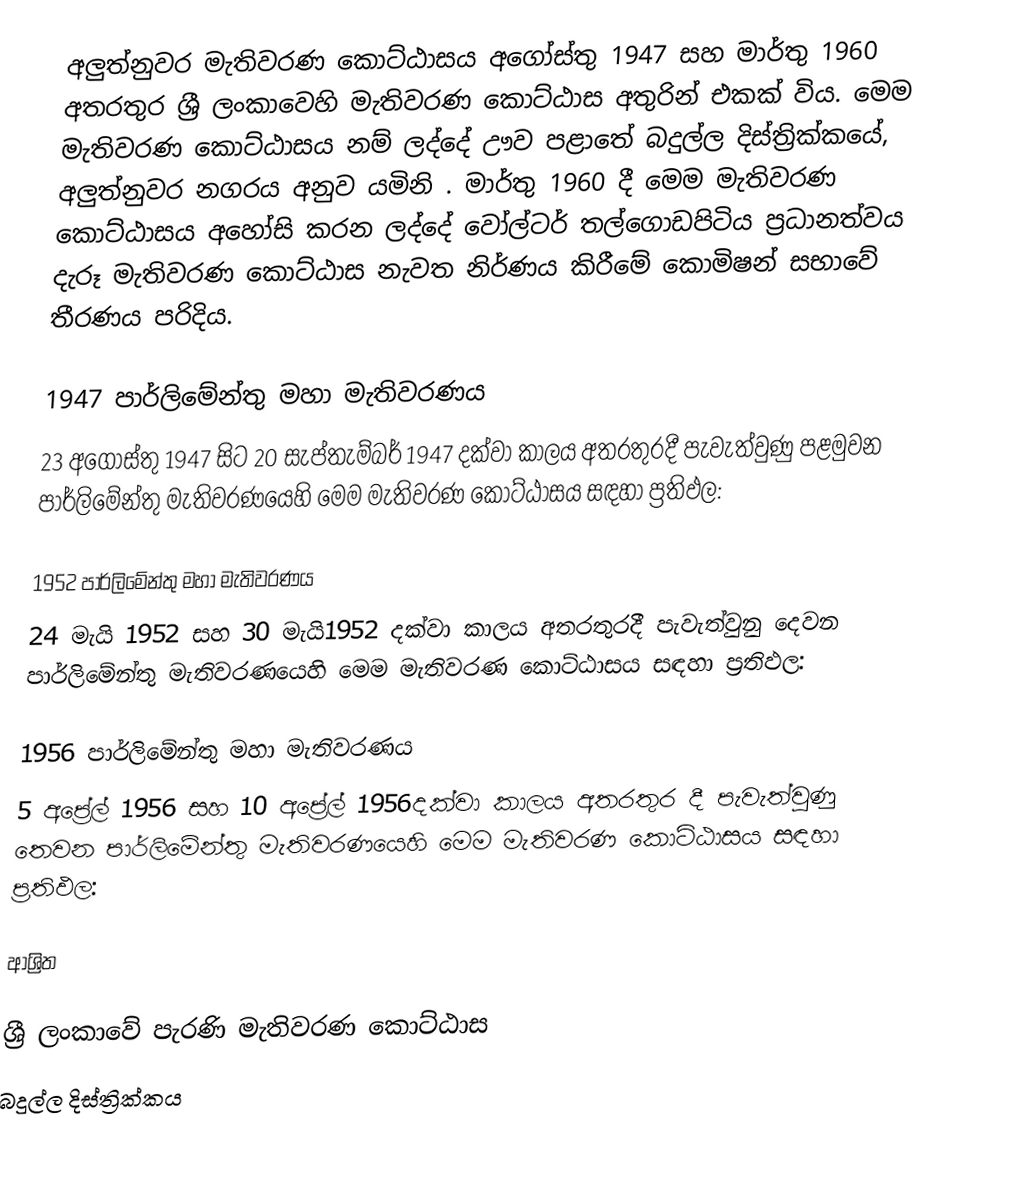
අලුත්නුවර මැතිවරණ කොට්ඨාසය  අගෝස්තු 1947 සහ  මාර්තු 1960 අතරතුර  ශ්‍රී ලංකාවෙහි  මැතිවරණ කොට්ඨාස අතුරින් එකක් විය. මෙම මැතිවරණ කොට්ඨාසය නම් ලද්දේ  ඌව පළාතේ  බදුල්ල  දිස්ත්‍රික්කයේ,  අලුත්නුවර නගරය අනුව යමිනි .  මාර්තු 1960 දී මෙම මැතිවරණ කොට්ඨාසය අහෝසි කරන ලද්දේ වෝල්ටර් තල්ගොඩපිටිය ප්‍රධානත්වය දැරූ මැතිවරණ කොට්ඨාස නැවත නිර්ණය කිරීමේ කොමිෂන් සභාවේ තීරණය පරිදිය.

1947 පාර්ලිමේන්තු මහා මැතිවරණය
23 අගෝස්තු 1947 සිට 20 සැප්තැම්බර් 1947 දක්වා කාලය අතරතුරදී පැවැත්වුණු  පළමුවන පාර්ලිමේන්තු මැතිවරණයෙහි මෙම මැතිවරණ කොට්ඨාසය සඳහා ප්‍රතිඵල:

1952 පාර්ලිමේන්තු මහා මැතිවරණය
24 මැයි 1952 සහ 30 මැයි1952 දක්වා කාලය අතරතුරදී පැවැත්වුනු  දෙවන පාර්ලිමේන්තු මැතිවරණයෙහි මෙම මැතිවරණ කොට්ඨාසය සඳහා ප්‍රතිඵල:

1956 පාර්ලිමේන්තු මහා මැතිවරණය
5 අප්‍රේල් 1956 සහ 10 අප්‍රේල් 1956දක්වා කාලය අතරතුර දී පැවැත්වුණු  තෙවන පාර්ලිමේන්තු මැතිවරණයෙහි මෙම මැතිවරණ කොට්ඨාසය සඳහා ප්‍රතිඵල:

ආශ්‍රිත

ශ්‍රී ලංකාවේ පැරණි මැතිවරණ කොට්ඨාස
 බදුල්ල දිස්ත්‍රික්කය